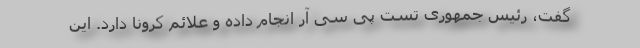
گفت، رئیس جمهوری تست پی سی آر انجام داده و علائم کرونا دارد. این